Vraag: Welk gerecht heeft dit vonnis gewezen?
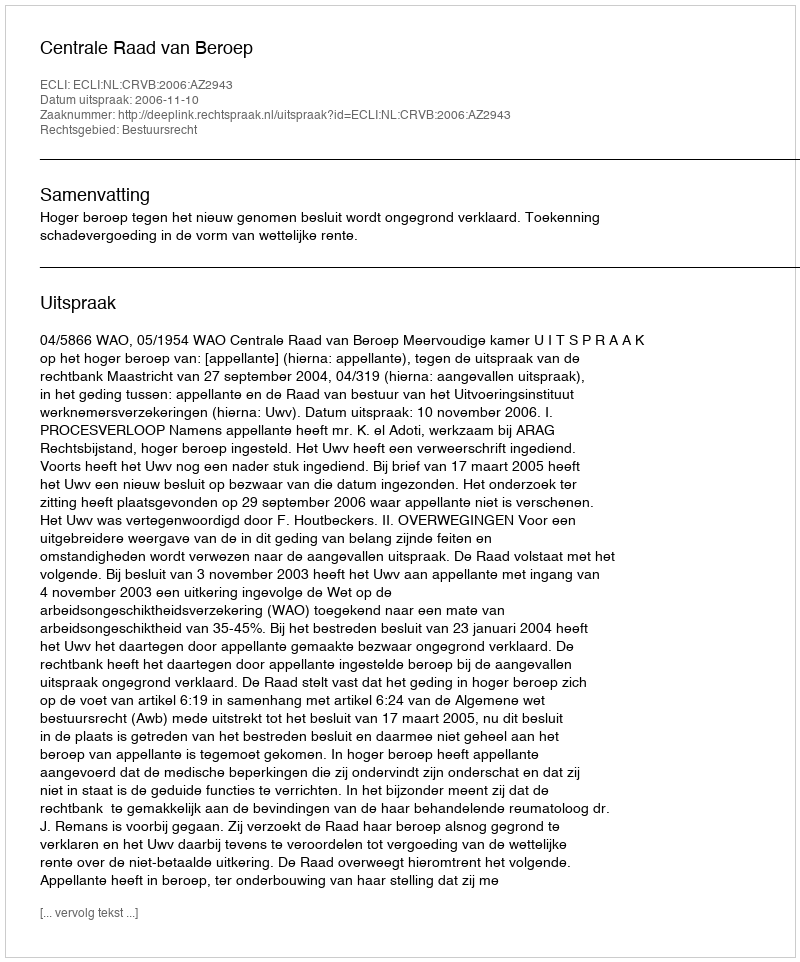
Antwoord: Centrale Raad van Beroep